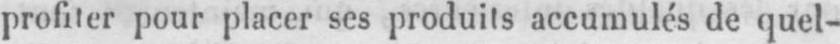
profiter pour placer ses produits accumulés de quel-